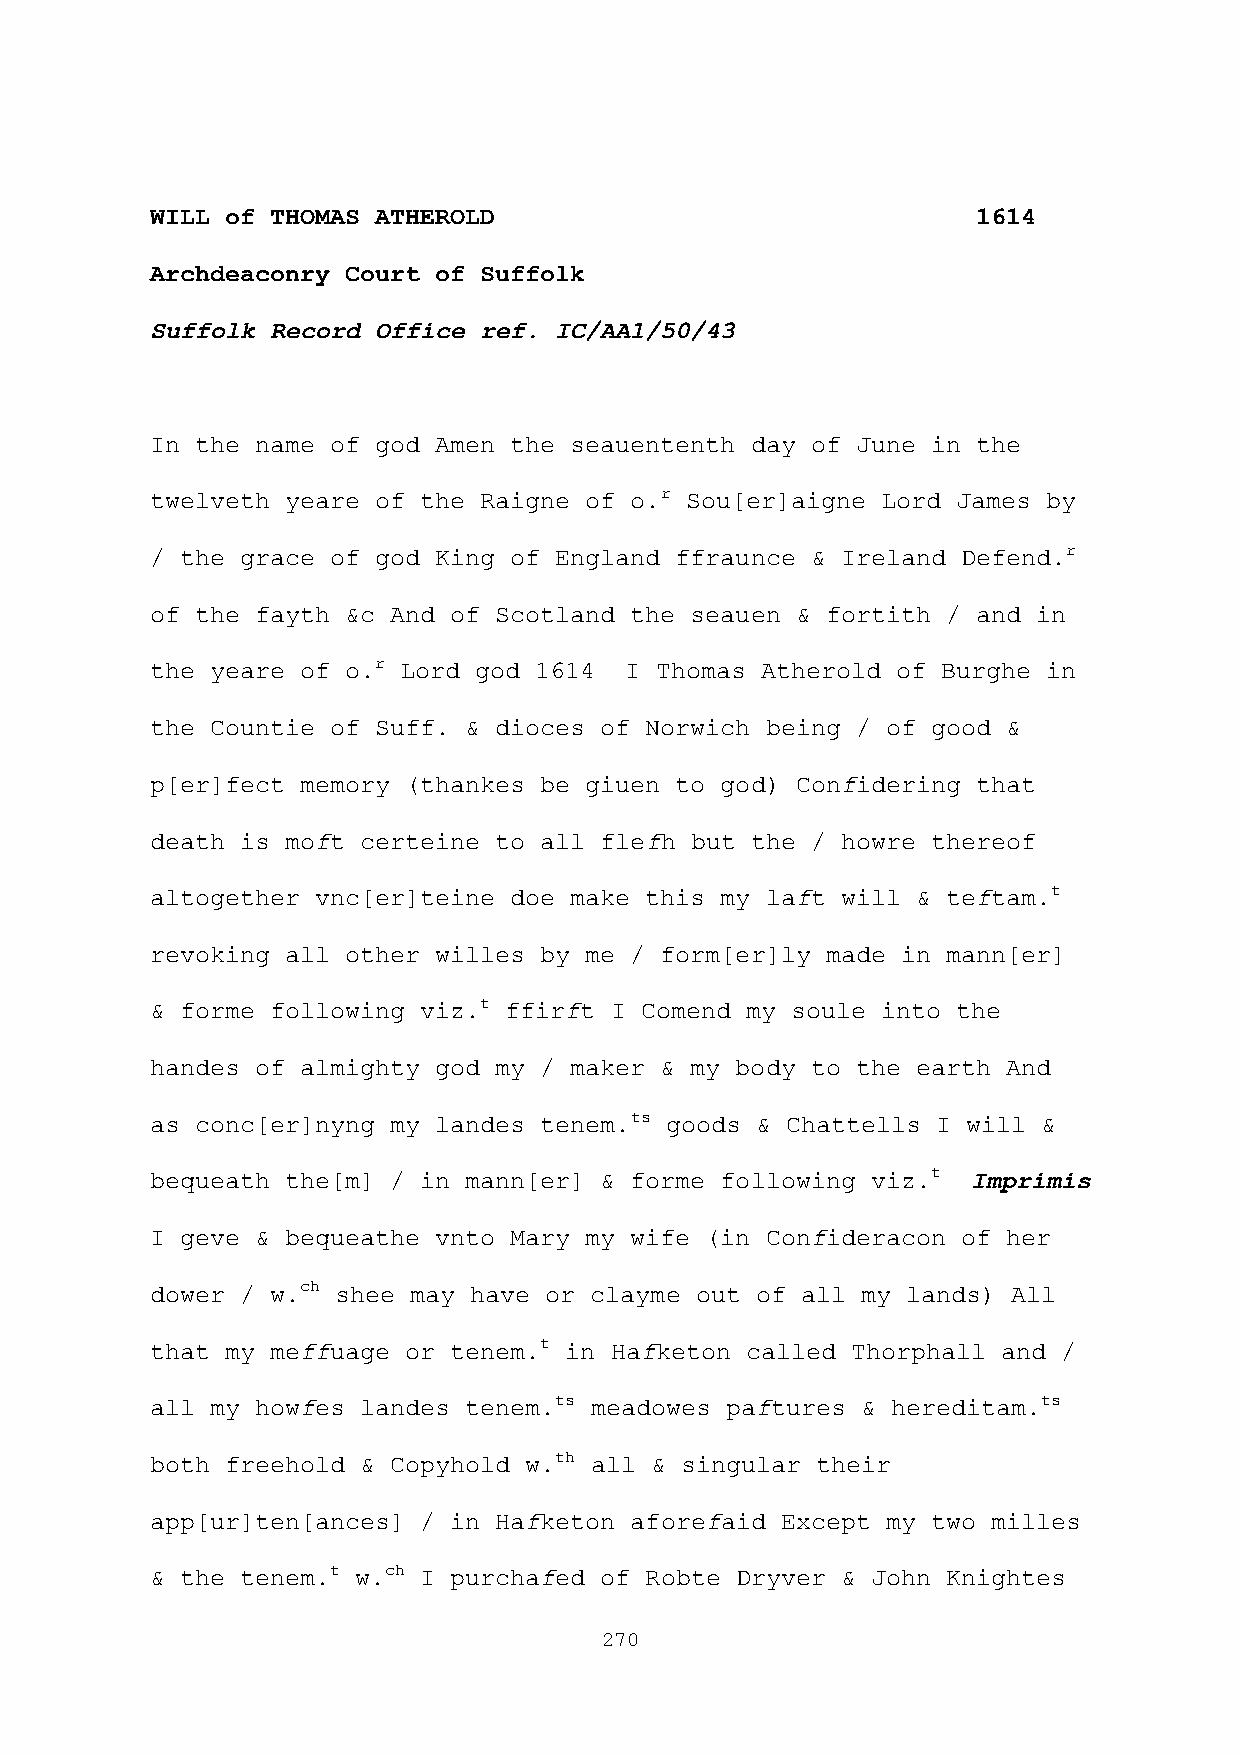
WILL of THOMAS ATHEROLD                                1614
 Archdeaconry Court of Suffolk
 Suffolk Record Office ref. IC/AA1/50/43
 In the name of god Amen the seauententh day of June in the
 twelveth yeare of the Raigne of o.r Sou[er]aigne Lord James by
 / the grace of god King of England ffraunce & Ireland Defend.r
 of the fayth &c And of Scotland the seauen & fortith / and in
 the yeare of o.r Lord god 1614 I Thomas Atherold of Burghe in
 the Countie of Suff. & dioces of Norwich being / of good &
 p[er]fect memory (thankes be giuen to god) Confidering that
 death is moft certeine to all flefh but the / howre thereof
 altogether vnc[er]teine doe make this my laft will & teftam.t
 revoking all other willes by me / form[er]ly made in mann[er]
 & forme following viz.t ffirft I Comend my soule into the
 handes of almighty god my / maker & my body to the earth And
 as conc[er]nyng my landes tenem.ts goods & Chattells I will &
 bequeath the[m] / in mann[er] & forme following viz.t Imprimis
 I geve & bequeathe vnto Mary my wife (in Confideracon of her
 dower / w.ch shee may have or clayme out of all my lands) All
 that my meffuage or tenem.t in Hafketon called Thorphall and /
 all my howfes landes tenem.ts meadowes paftures & hereditam.ts
 both freehold & Copyhold w.th all & singular their
 app[ur]ten[ances] / in Hafketon aforefaid Except my two milles
 & the tenem.t w.ch I purchafed of Robte Dryver & John Knightes
 270